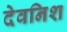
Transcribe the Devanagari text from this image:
देवनिश